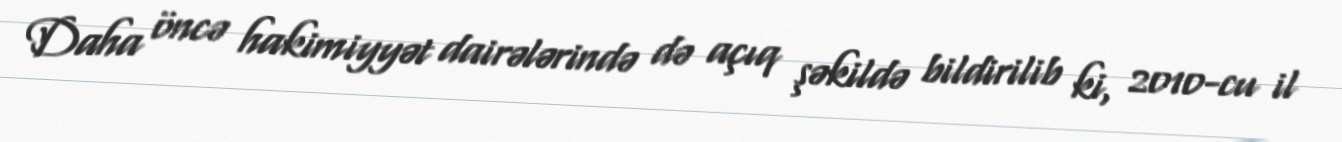
Daha öncə hakimiyyət dairələrində də açıq şəkildə bildirilib ki, 2010-cu il